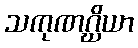
သကုဏဂ္ဃိယာ